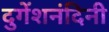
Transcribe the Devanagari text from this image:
दुगेंशनंदिनी